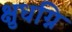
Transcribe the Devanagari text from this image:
क्षुधग्नि